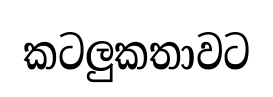
කටලුකතාවට